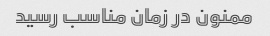
ممنون در زمان مناسب رسید